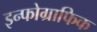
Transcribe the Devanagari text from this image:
इन्फोग्राफिक